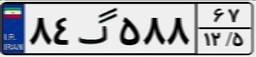
۸۴گ۵۸۸۶۷